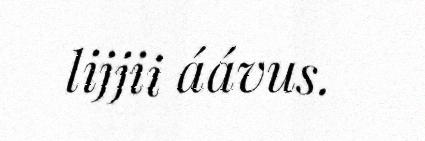
lijjii áávus.